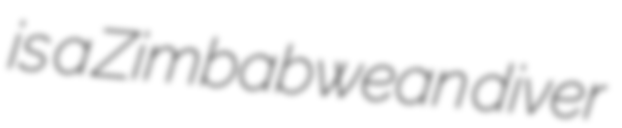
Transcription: is a Zimbabwean diver